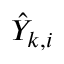
\hat { Y } _ { k , i }